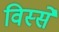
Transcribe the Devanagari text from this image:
विस्से